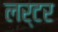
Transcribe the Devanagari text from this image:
लर्टर